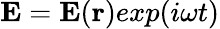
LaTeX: {\mathbf E}={\mathbf E}({\mathbf r})exp(i\omega t)